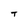
Character: T